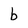
Character: b